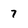
Character: 7